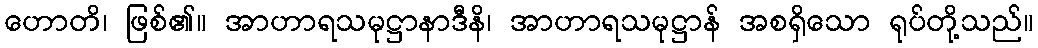
ဟောတိ၊ ဖြစ်၏။ အာဟာရသမုဋ္ဌာနာဒီနိ၊ အာဟာရသမုဋ္ဌာန် အစရှိသော ရုပ်တို့သည်။